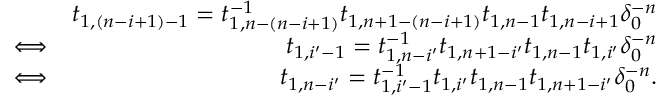
\begin{array} { r l r } & { } & { t _ { 1 , ( n - i + 1 ) - 1 } = t _ { 1 , n - ( n - i + 1 ) } ^ { - 1 } t _ { 1 , n + 1 - ( n - i + 1 ) } t _ { 1 , n - 1 } t _ { 1 , n - i + 1 } \delta _ { 0 } ^ { - n } } \\ & { \Longleftrightarrow } & { t _ { 1 , i ^ { \prime } - 1 } = t _ { 1 , n - i ^ { \prime } } ^ { - 1 } t _ { 1 , n + 1 - i ^ { \prime } } t _ { 1 , n - 1 } t _ { 1 , i ^ { \prime } } \delta _ { 0 } ^ { - n } } \\ & { \Longleftrightarrow } & { t _ { 1 , n - i ^ { \prime } } = t _ { 1 , i ^ { \prime } - 1 } ^ { - 1 } t _ { 1 , i ^ { \prime } } t _ { 1 , n - 1 } t _ { 1 , n + 1 - i ^ { \prime } } \delta _ { 0 } ^ { - n } . } \end{array}